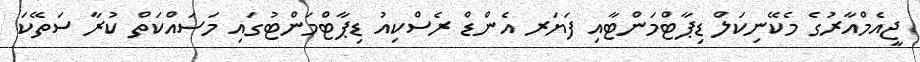
ޖީއެމްއާރުގެ މެކޭނިކަލް ޑިޕާޓްމަންޓާއި ފަޔަރ އެންޑް ރެސްކިއު ޑިޕާޓްމަންޓުގައި މަސައްކަތް ކުރާ ސަތޭކަ